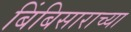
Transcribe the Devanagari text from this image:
बिंबिसाराच्या